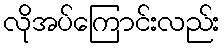
လိုအပ်ကြောင်းလည်း